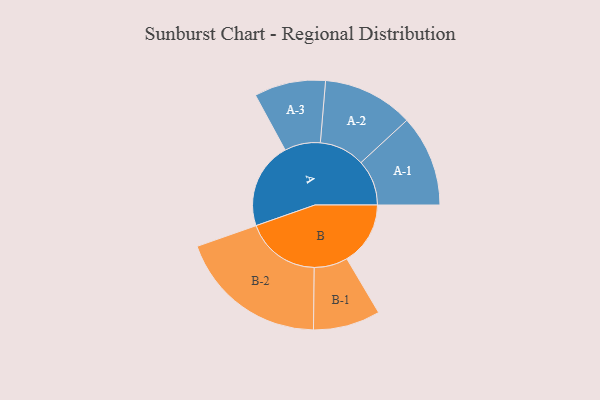
{"axis": {"x": "Segment", "y": "Value"}, "legend": ["", "A", "B"], "data": [{"x": "A", "y": 320, "type": ""}, {"x": "B", "y": 235, "type": ""}, {"x": "A-1", "y": 169, "type": "A"}, {"x": "A-2", "y": 168, "type": "A"}, {"x": "A-3", "y": 132, "type": "A"}, {"x": "B-1", "y": 124, "type": "B"}, {"x": "B-2", "y": 277, "type": "B"}]}